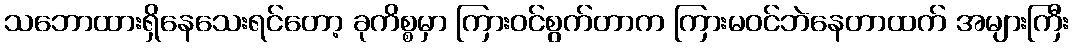
သဘောထားရှိနေသေးရင်တော့ ခုကိစ္စမှာ ကြားဝင်စွက်တာက ကြားမဝင်ဘဲနေတာထက် အများကြီး